Madras plague regulations and rules - Volume 2
Disease focus: Plague
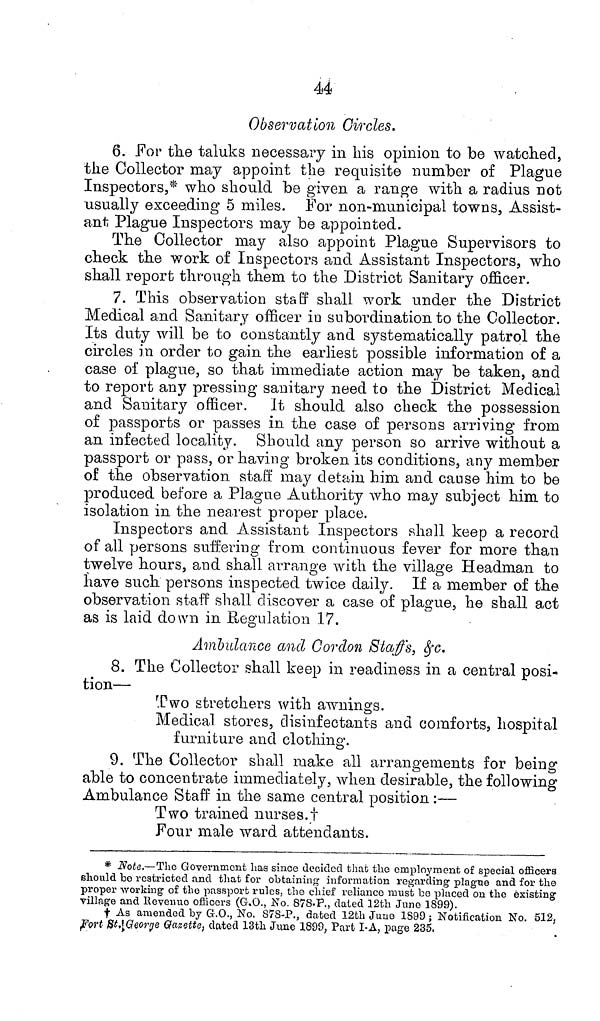
44
Observation Circles.
6. For the taluks necessary in his opinion to be watched,
the Collector may appoint the requisite number of Plague
Inspectors,* who should be given a range with a radius not
usually exceeding 5 miles. For non-municipal towns, Assist-
ant Plague Inspectors may be appointed.
The Collector may also appoint Plague Supervisors to
check the work of Inspectors and Assistant Inspectors, who
shall report through them to the District Sanitary officer.
7. This observation staff shall work under the District
Medical and Sanitary officer in subordination to the Collector.
Its duty will be to constantly and systematically patrol the
circles in order to gain the earliest possible information of a
case of plague, so that immediate action may be taken, and
to report any pressing sanitary need to the District Medical
and Sanitary officer. It should also check the possession
of passports or passes in the case of persons arriving from
an infected locality. Should any person so arrive without a
passport or pass, or having broken its conditions, any member
of the observation staff may detain him and cause him to be
produced before a Plague Authority who may subject him to
isolation in the nearest proper place.
Inspectors and Assistant Inspectors shall keep a record
of all persons suffering from continuous fever for more than
twelve hours, and shall arrange with the village Headman to
have such persons inspected twice daily. If a member of the
observation staff shall discover a case of plague, he shall act
as is laid down in Regulation 17.
Ambulance and Cordon Staffs, &c.
8. The Collector shall keep in readiness in a central posi-
tion—
Two stretchers with awnings.
Medical stores, disinfectants and comforts, hospital
furniture and clothing.
9. The Collector shall make all arrangements for being
able to concentrate immediately, when desirable, the following
Ambulance Staff in the same central position :—
Two trained nurses.†
Four male ward attendants.
* Note.—The Government has since decided that the employment of special officers
should be restricted and that for obtaining information regarding plague and for the
proper working of the passport rules, the chief reliance must bo placed on the existing
village and Revenue officers (G.O., No. 878.P., dated 12th June 1899).
† As amended by G.O., No. 878-P., dated 12th June 1899 ; Notification No. 512,
Fort St. George Gazette, dated 13th June 1899, Part I-A, page 235,